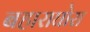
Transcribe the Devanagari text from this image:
बहाराघोरा